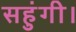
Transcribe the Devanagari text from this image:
सहुंगी।